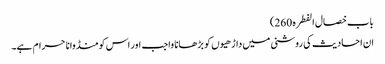
باب خصال الفطرہ 260)
ان احادیث کی روشنی میں داڑھیوں کو بڑھانا واجب اور اس کو منڈوانا حرام ہے۔